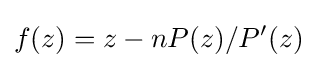
f(z)=z-nP(z)/P'(z)